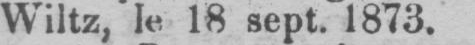
Wiltz, le 18 sept. 1873.